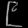
Digit: ၉